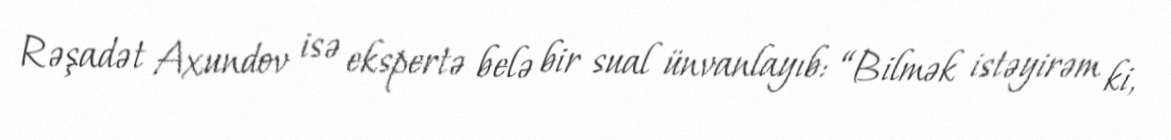
Rəşadət Axundov isə ekspertə belə bir sual ünvanlayıb: “Bilmək istəyirəm ki,